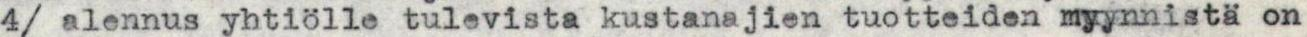
4/ alennus yhtiölle tulevista kustanajien tuotteiden myynnistä on